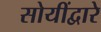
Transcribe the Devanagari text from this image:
सोयींद्वारे